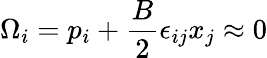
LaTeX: \Omega_{i}=p_{i}+\frac{B}{2}\epsilon_{ij}x_{j}\approx 0